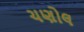
ચણોલ